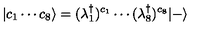
| c _ { 1 } \cdots c _ { 8 } \rangle = ( \lambda _ { 1 } ^ { \dagger } ) ^ { c _ { 1 } } \cdots ( \lambda _ { 8 } ^ { \dagger } ) ^ { c _ { 8 } } | - \rangle